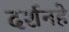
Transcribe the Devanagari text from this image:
दर्शनहे